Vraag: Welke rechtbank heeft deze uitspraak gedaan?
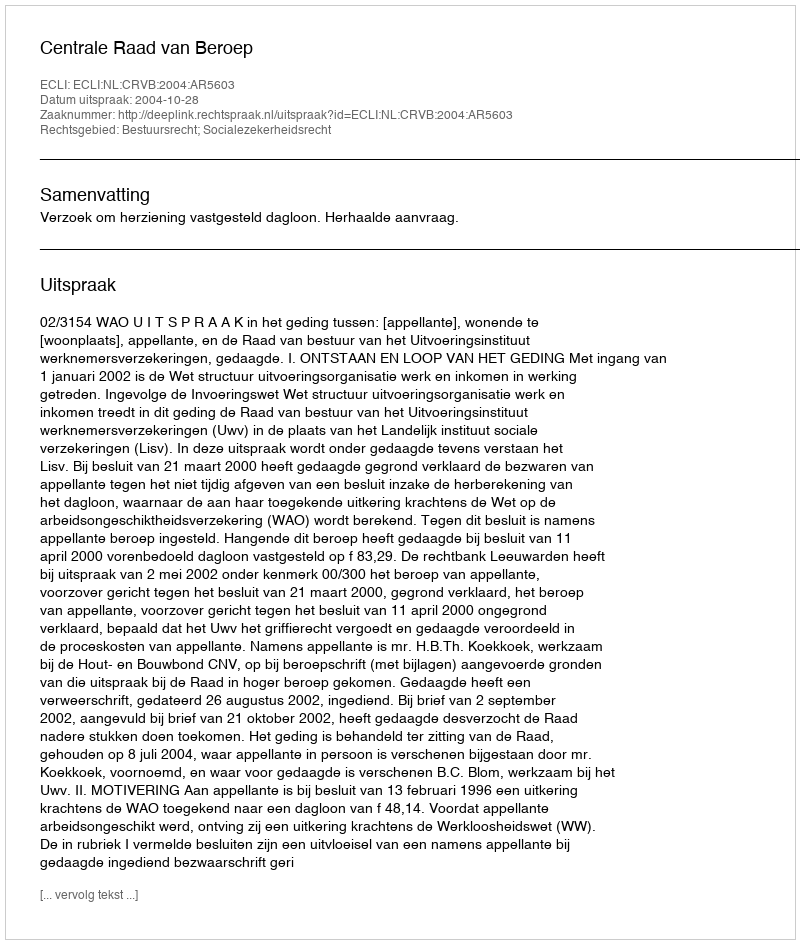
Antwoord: Centrale Raad van Beroep